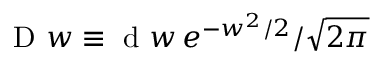
\mathrm { ~ D ~ } w \equiv \mathrm { ~ d ~ } w \, e ^ { - w ^ { 2 } / 2 } / \sqrt { 2 \pi }